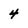
Character: 4